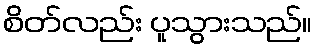
စိတ်လည်း ပူသွားသည်။